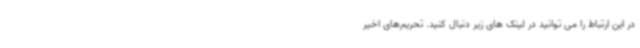
در این ارتباط را می توانید در لینک های زیر دنبال کنید. تحریم‌های اخیر